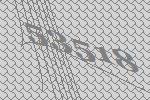
53518